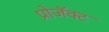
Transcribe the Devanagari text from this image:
प्रोजॅक्ट